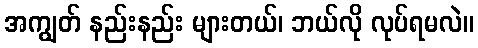
အကျွတ် နည်းနည်း များတယ်၊ ဘယ်လို လုပ်ရမလဲ။